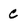
Character: C